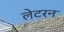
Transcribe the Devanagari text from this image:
लेटरन